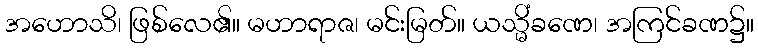
အဟောသိ၊ ဖြစ်လေ၏။ မဟာရာဇ၊ မင်းမြတ်။ ယသ္မိံခဏေ၊ အကြင်ခဏ၌။